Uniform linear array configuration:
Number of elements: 48
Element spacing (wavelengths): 0.5
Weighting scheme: cosine
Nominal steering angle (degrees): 30
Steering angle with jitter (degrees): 30.919
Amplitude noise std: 0.05
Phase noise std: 0.05

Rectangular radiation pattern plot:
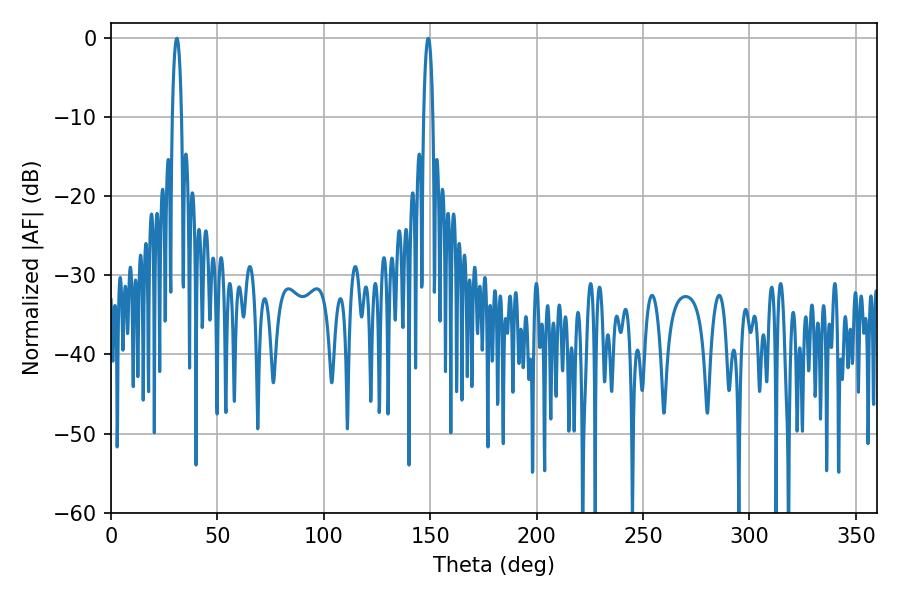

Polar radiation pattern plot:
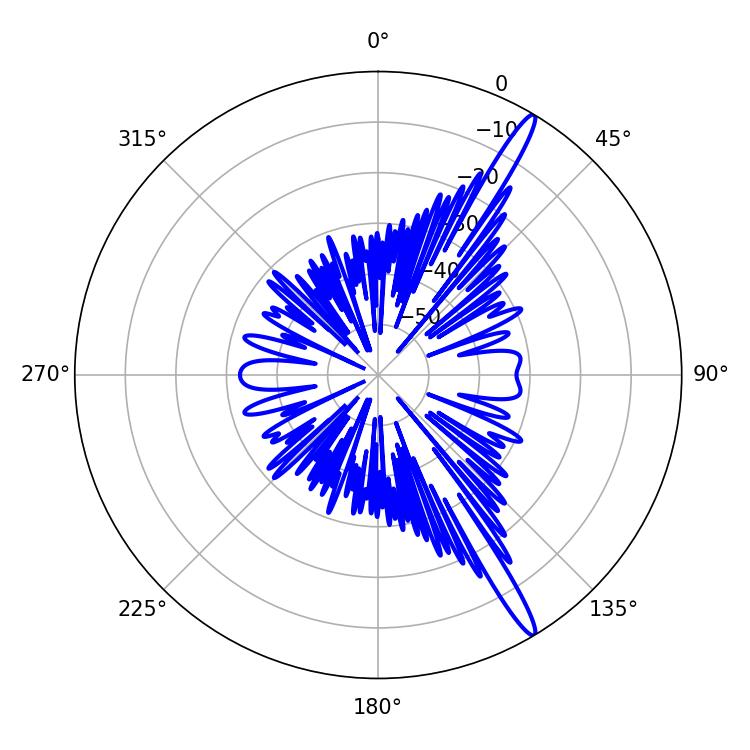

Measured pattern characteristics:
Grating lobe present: FALSE
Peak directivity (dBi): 15.996
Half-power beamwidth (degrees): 2.52
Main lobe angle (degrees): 149.04